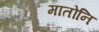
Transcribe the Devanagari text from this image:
मातोनि